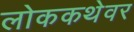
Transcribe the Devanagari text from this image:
लोककथेवर